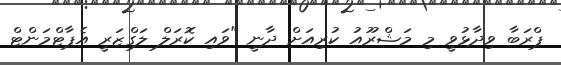
ޕްރަބާ ވިދާޅުވީ މި މަޝްރޫއު ކުރިއަށް ދާނީ "ވައި ކޮރަލް ލަގްޒަރީ އެޕާޓްމަންޓް